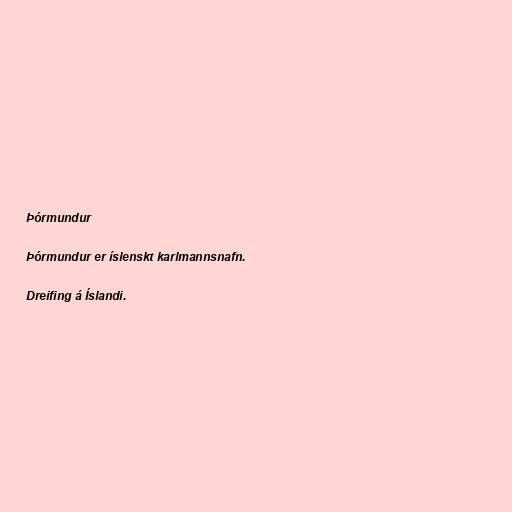
Þórmundur

Þórmundur er íslenskt karlmannsnafn.

Dreifing á Íslandi.